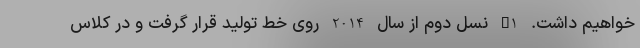
خواهیم داشت. C1 نسل دوم از سال 2014 روی خط تولید قرار گرفت و در کلاس